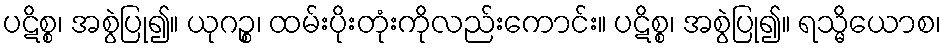
ပဋိစ္စ၊ အစွဲပြု၍။ ယုဂဉ္စ၊ ထမ်းပိုးတုံးကိုလည်းကောင်း။ ပဋိစ္စ၊ အစွဲပြု၍။ ရသ္မိယောစ၊